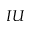
I U